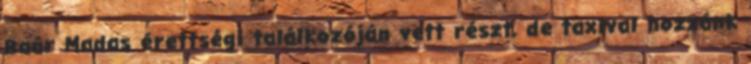
Baár Madas érettségi találkozóján vett részt, de taxival hozzánk